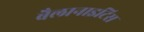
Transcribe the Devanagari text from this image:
बैलानाइटिस